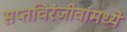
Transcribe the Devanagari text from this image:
सप्तचिरंजीवांमध्ये